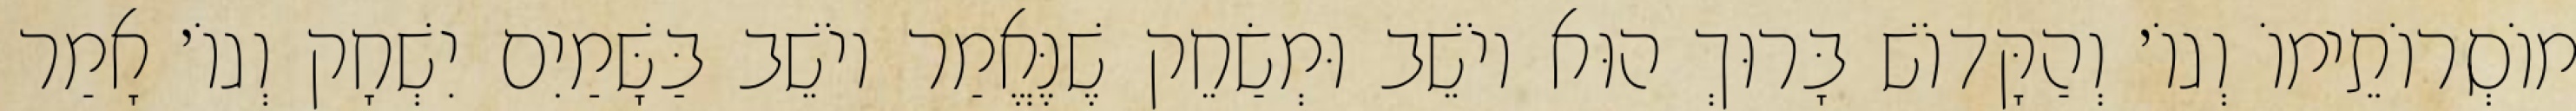
מוֹסְרוֹתֵימוֹ וְגוֹ׳ וְהַקָּדוֹשׁ בָּרוּךְ הוּא יוֹשֵׁב וּמְשַׂחֵק שֶׁנֶּאֱמַר יוֹשֵׁב בַּשָּׁמַיִם יִשְׁחָק וְגוֹ׳ אָמַר